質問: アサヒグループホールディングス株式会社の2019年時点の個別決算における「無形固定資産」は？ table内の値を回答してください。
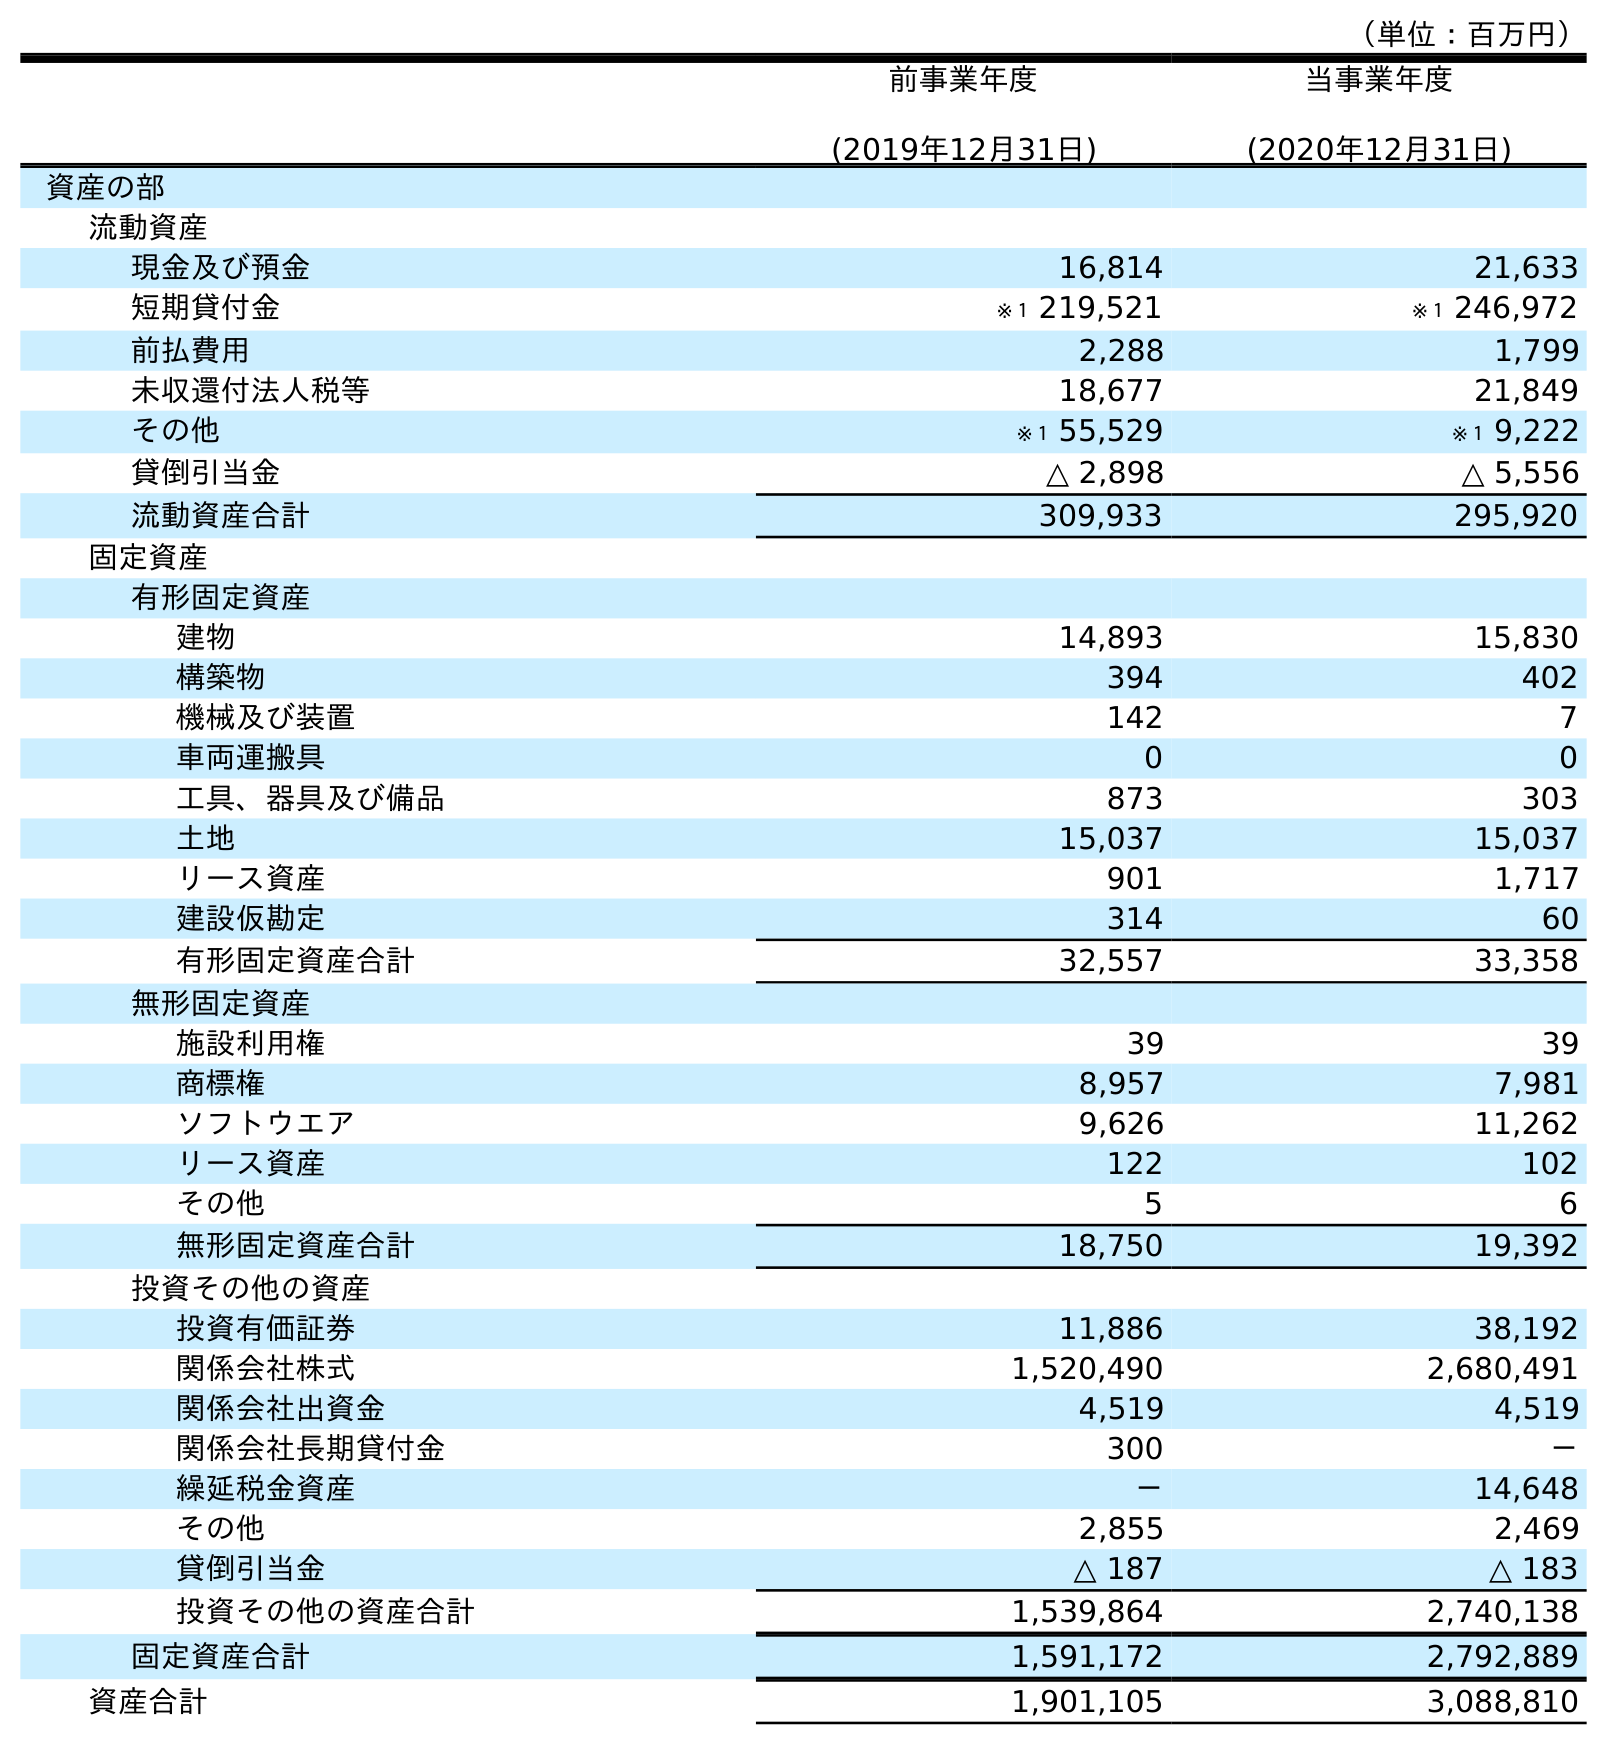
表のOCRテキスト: （単位：百万円） 前事業年度 (2019年12月31日) 当事業年度 (2020年12月31日) 資産の部 流動資産 現金及び預金 16,814 21,633 短期貸付金 ※１ 219,521 ※１ 246,972 前払費用 2,288 1,799 未収還付法人税等 18,677 21,849 その他 ※１ 55,529 ※１ 9,222 貸倒引当金 △ 2,898 △ 5,556 流動資産合計 309,933 295,920 固定資産 有形固定資産 建物 14,893 15,830 構築物 394 402 機械及び装置 142 7 車両運搬具 0 0 工具、器具及び備品 873 303 土地 15,037 15,037 リース資産 901 1,717 建設仮勘定 314 60 有形固定資産合計 32,557 33,358 無形固定資産 施設利用権 39 39 商標権 8,957 7,981 ソフトウエア 9,626 11,262 リース資産 122 102 その他 5 6 無形固定資産合計 18,750 19,392 投資その他の資産 投資有価証券 11,886 38,192 関係会社株式 1,520,490 2,680,491 関係会社出資金 4,519 4,519 関係会社長期貸付金 300 － 繰延税金資産 － 14,648 その他 2,855 2,469 貸倒引当金 △ 187 △ 183 投資その他の資産合計 1,539,864 2,740,138 固定資産合計 1,591,172 2,792,889 資産合計 1,901,105 3,088,810
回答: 18,750